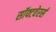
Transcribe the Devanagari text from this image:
सॉफ्टवेरर्स